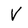
Character: V